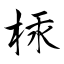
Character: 柡